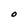
Character: O